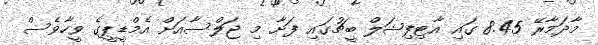
މާދަމާރޭ 8.45 ގައި އާޓިފިޝަލް ބީޗުގައި ފަށާ މި ޖަލްސާއަށް އެމްޑީޕީގެ ވީހާވެސް